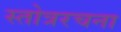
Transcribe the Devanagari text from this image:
स्तोत्ररचना